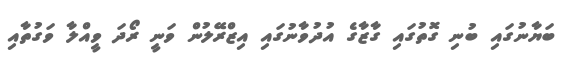
ބަޔާނުގައި ބުނި ގޮތުގައި ގާޒާގެ އުދުވާނުގައި އިޒްރޭލުން ވަނީ ރޯދަ ވީއްލާ ވަގުތާއި